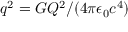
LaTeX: q ^ { 2 } = G Q ^ { 2 } / ( 4 \pi \epsilon _ { 0 } c ^ { 4 } )